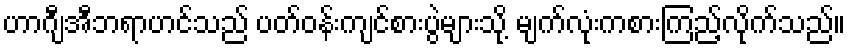
ဟာဂျီအီဘရာဟင်သည် ပတ်ဝန်းကျင်စားပွဲများသို့ မျက်လုံးကစားကြည့်လိုက်သည်။